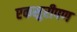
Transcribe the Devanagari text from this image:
एकसुरीपण